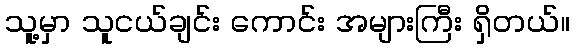
သူ့မှာ သူငယ်ချင်း ကောင်း အများကြီး ရှိတယ်။